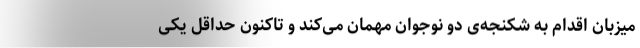
میزبان اقدام به شکنجه‌ی دو نوجوان مهمان می‌کند و تاکنون حداقل یکی